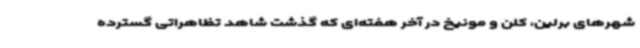
شهرهای برلین، کلن و مونیخ در آخر هفته‌ای که گذشت شاهد تظاهراتی گسترده